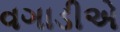
વગાડીએ